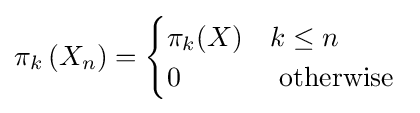
\pi _{k}\left(X_{n}\right)={\begin{cases}\pi _{k}(X)&k\leq n\\0&{\text{ otherwise }}\end{cases}}